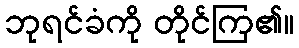
ဘုရင်ခံကို တိုင်ကြ၏။